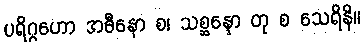
ပရိဂ္ဂဟော အဓီနော စ၊ သစ္ဆန္ဒော တု စ သေရိနိ။